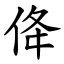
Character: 佭